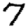
Digit: 7